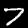
Label: 7